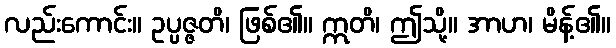
လည်းကောင်း။ ဥပ္ပဇ္ဇတိ၊ ဖြစ်၏။ ဣတိ၊ ဤသို့။ အာဟ၊ မိန့်၏။